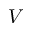
V